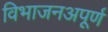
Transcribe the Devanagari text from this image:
विभाजनअपूर्ण